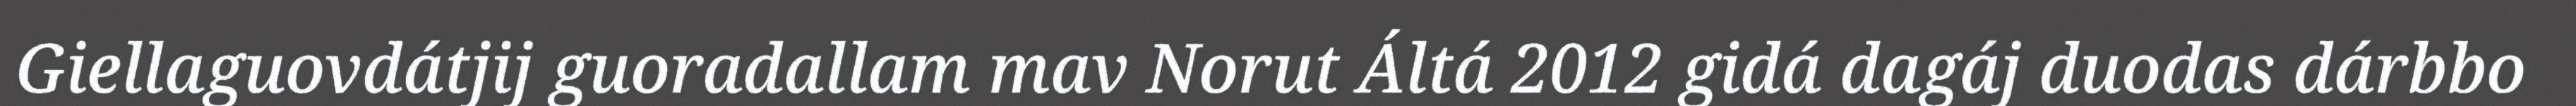
Giellaguovdátjij guoradallam mav Norut Áltá 2012 gidá dagáj duodas dárbbo